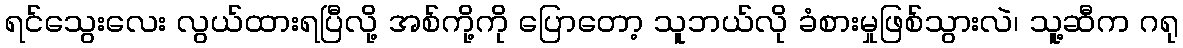
ရင်သွေးလေး လွယ်ထားရပြီလို့ အစ်ကို့ကို ပြောတော့ သူဘယ်လို ခံစားမှုဖြစ်သွားလဲ၊ သူ့ဆီက ဂရု